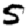
Digit: 5